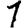
Digit: 1